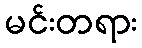
မင်းတရား